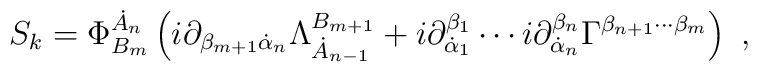
S_k=\Phi_{B_m}^{\dot A_n}\left( i\partial_{ \beta_{m+1}\dot\alpha_n}\Lambda^{B_{m+1}}_{\dot A_{n-1}}+i\partial^{\beta_1}_{\dot\alpha_1}\cdots i\partial^{\beta_n}_{\dot \alpha_n}\Gamma^{\beta_{n+1}\cdots \beta_m}\right)\ ,